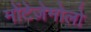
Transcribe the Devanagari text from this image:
मोंटेज़ेमोलो